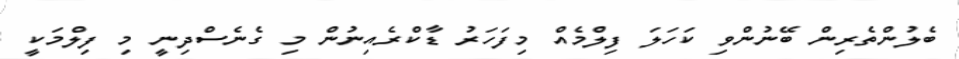
ބެލުންތެރިން ބޭނުންވި ކަހަަލަ ފިލްމެއް މިފަހަރު ޑާކްރެއިނުން މި ގެނެސްދިނީ މި ފިލްމަކީ